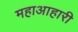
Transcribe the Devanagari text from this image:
महाआहारी